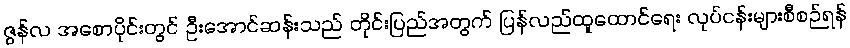
ဇွန်လ အစောပိုင်းတွင် ဦးအောင်ဆန်းသည် တိုင်းပြည်အတွက် ပြန်လည်ထူထောင်ရေး လုပ်ငန်းများစီစဉ်ရန်